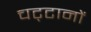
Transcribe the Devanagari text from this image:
चट्‌टानों